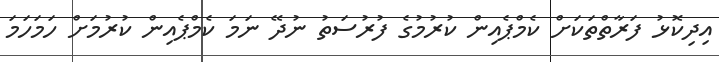
އިދިކޮޅު ފަރާތްތަކަށް ކެމްޕެއިން ކުރުމުގެ ފުރުސަތު ނުދޭ ނަމަ ކެމްޕެއިން ކުރުމަށް ހަމަހަމަ